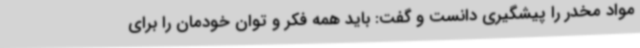
مواد مخدر را پیشگیری دانست و گفت: باید همه فکر و توان خودمان را برای